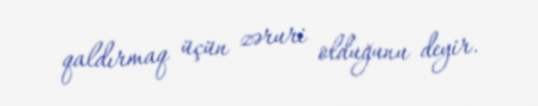
qaldırmaq üçün zəruri olduğunu deyir.